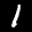
Label: 1